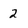
Character: 2